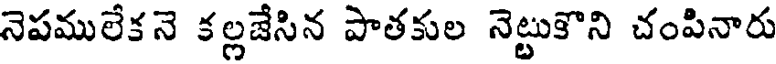
నెపములేకనె కల్లజేసిన పాతకుల నెట్టుకొని చంపినారు